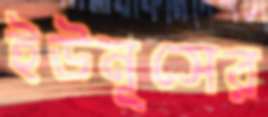
ইউনূসের